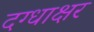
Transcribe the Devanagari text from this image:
दग्धाक्षर